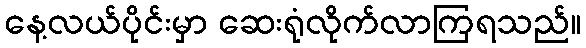
နေ့လယ်ပိုင်းမှာ ဆေးရုံလိုက်လာကြရသည်။